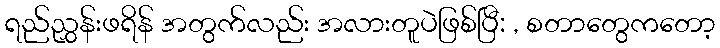
ရည်ညွှန်းဖရိန် အတွက်လည်း အလားတူပဲဖြစ်ပြီ: , စတာတွေကတော့